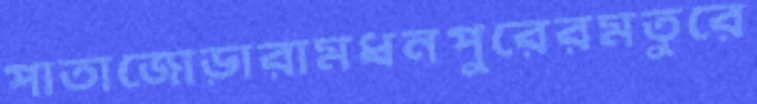
পাতাজোড়ারামধনপুরেরমতুরে